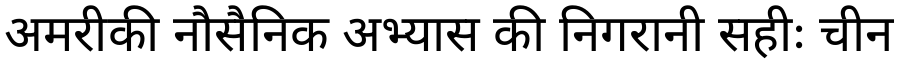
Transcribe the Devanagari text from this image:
अमरीकी नौसैनिक अभ्यास की निगरानी सहीः चीन